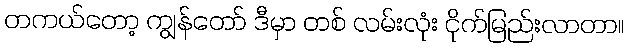
တကယ်တော့ ကျွန်တော် ဒီမှာ တစ် လမ်းလုံး ငိုက်မြည်းလာတာ။